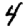
Digit: 4